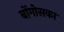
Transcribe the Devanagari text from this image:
बोंगोसका